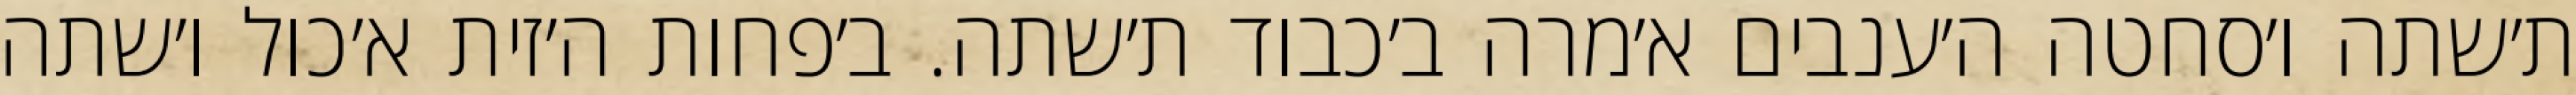
ת׳שתה ו׳סחטה ה׳ענבים א׳מרה ב׳כבוד ת׳שתה. ב׳פחות ה׳זית א׳כול ו׳שתה